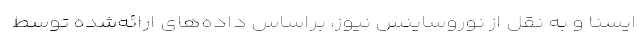
ایسنا و به نقل از نوروساینس نیوز، براساس داده‌های ارائه‌شده توسط